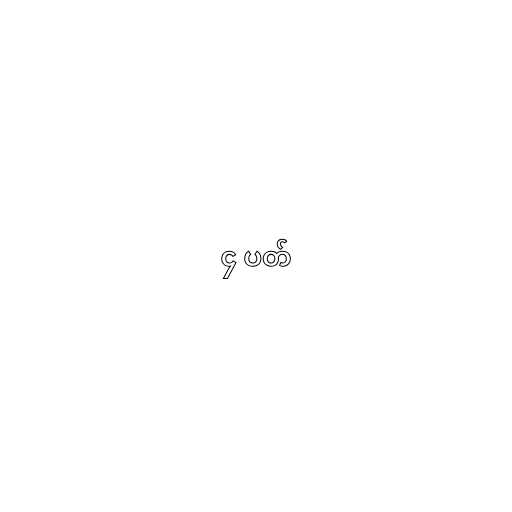
၄ ပတ်